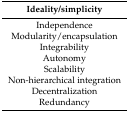
<table><thead><tr><td><b>Ideality/simplicity</b></td></tr></thead><tbody><tr><td>Independence</td></tr><tr><td>Modularity/encapsulation</td></tr><tr><td>Integrability</td></tr><tr><td>Autonomy</td></tr><tr><td>Scalability</td></tr><tr><td>Non-hierarchical integration</td></tr><tr><td>Decentralization</td></tr><tr><td>Redundancy</td></tr></tbody></table>